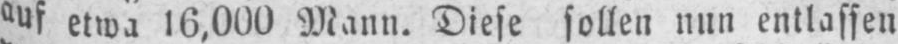
auf etwa 16‚000 Mann. Diese sollen nun entlassen